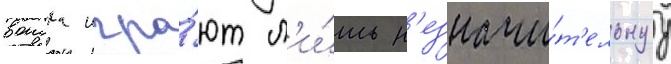
воиска игра́ют л'и́шь н'езначи́т'ельнуу